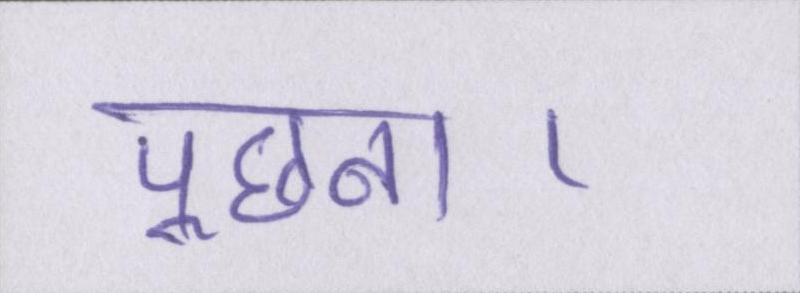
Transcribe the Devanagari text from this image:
पूछना।